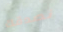
نصدقك